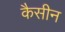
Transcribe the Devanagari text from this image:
कैसीन